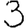
Digit: 3